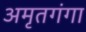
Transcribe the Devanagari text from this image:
अमृतगंगा